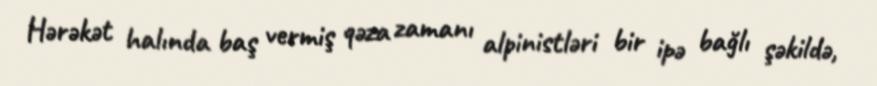
Hərəkət halında baş vermiş qəza zamanı alpinistləri bir ipə bağlı şəkildə,